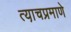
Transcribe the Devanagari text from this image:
त्या़चप्रमाणे